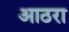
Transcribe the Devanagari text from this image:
आठरा